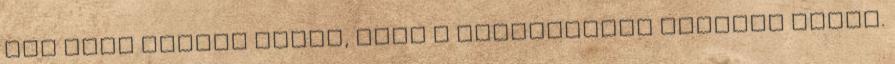
mit kell tennie ahhoz, hogy a fellegekben érezzem magam.